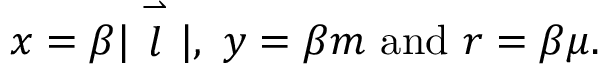
x = \beta | \stackrel { \rightharpoonup } { l } | , \ y = \beta m \ \mathrm { a n d } \ r = \beta \mu .